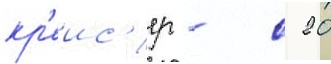
кр'еис'ер - с 20